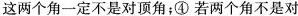
这两个角一定不是对顶角；④若两个角不是对